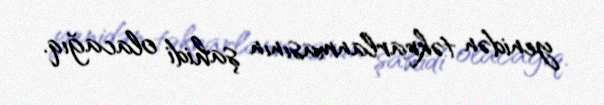
yenidən təkrarlanmasının şahidi olacağıq.